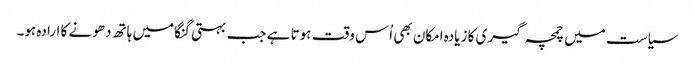
سیاست میں چمچہ گیری کا زیادہ امکان بھی اُس وقت ہوتا ہے جب بہتی گنگا میں ہاتھ دھونے کا ارادہ ہو۔